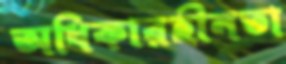
অধিকারহীনতা